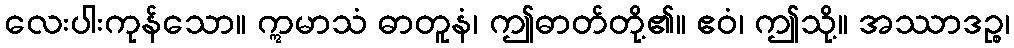
လေးပါးကုန်သော။ ဣမာသံ ဓာတူနံ၊ ဤဓာတ်တို့၏။ ဧဝံ၊ ဤသို့။ အဿာဒဉ္စ၊